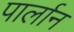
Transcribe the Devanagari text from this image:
पार्लान